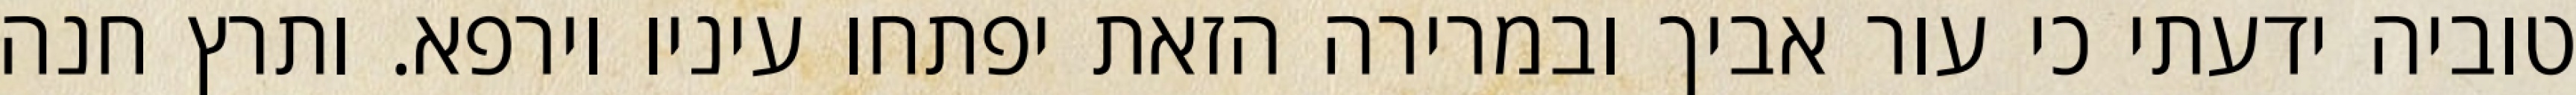
טוביה ידעתי כי עור אביך ובמרירה הזאת יפתחו עיניו וירפא. ותרץ חנה